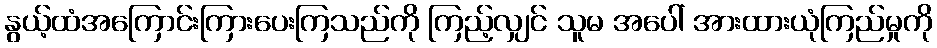
နွယ့်ထံအကြောင်းကြားပေးကြသည်ကို ကြည့်လျှင် သူမ အပေါ် အားထားယုံကြည်မှုကို